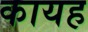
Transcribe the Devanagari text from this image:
कायह